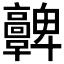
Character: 𩫫